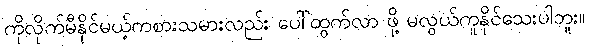
ကိုလိုက်မီနိုင်မယ့်ကစားသမားလည်း ပေါ်ထွက်လာ ဖို့ မလွယ်ကူနိုင်သေးပါဘူး။